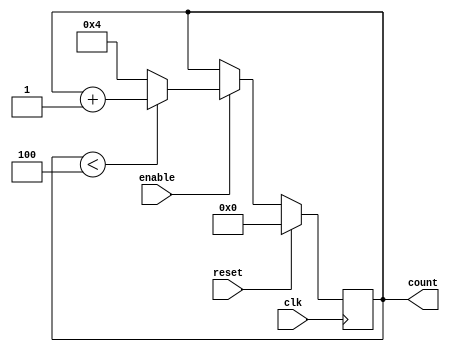
module SatCtr(input clk,
              input reset,
              input enable,
              output reg [3:0] count);

  parameter MAX_COUNT = 4'b0100;

  // Process for counting
  always @(posedge clk) begin
      if (reset) begin
          count <= 4'h00;
      end
      else if (enable) begin
        if (count < MAX_COUNT) begin
            count <= count + 1;
        end
        else begin
            count <= MAX_COUNT;
        end
      end
  end

endmodule